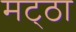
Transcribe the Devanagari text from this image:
मट्‌ठा